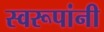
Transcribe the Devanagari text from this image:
स्वरूपांनी